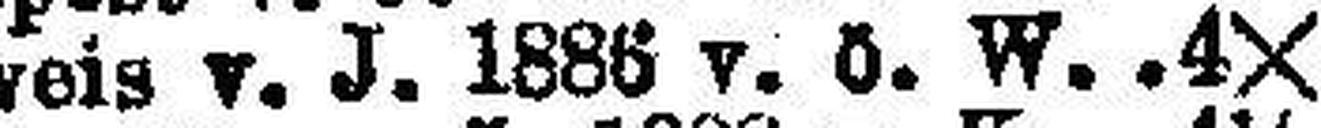
Budweis v. J. 1888 v. ö. W. 4X